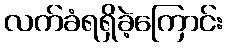
လက်ခံရရှိခဲ့ကြောင်း